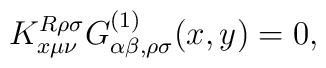
K_{x\mu\nu}^{R\rho\sigma}G^{(1)}_{\alpha\beta ,\rho\sigma}(x,y)=0,